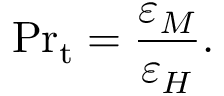
\mathrm { P r } _ { \mathrm { t } } = { \frac { \varepsilon _ { M } } { \varepsilon _ { H } } } .